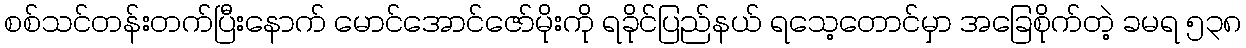
စစ်သင်တန်းတက်ပြီးနောက် မောင်အောင်ဇော်မိုးကို ရခိုင်ပြည်နယ် ရသေ့တောင်မှာ အခြေစိုက်တဲ့ ခမရ ၅၃၈